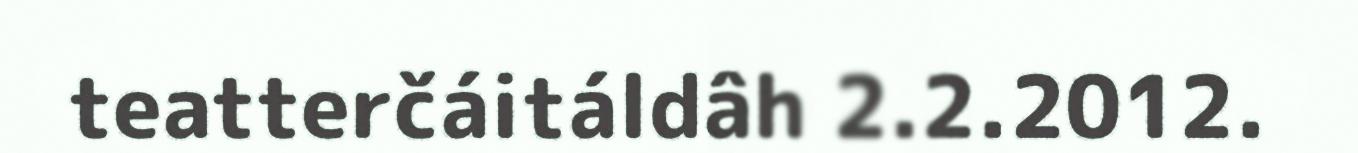
teatterčáitáldâh 2.2.2012.